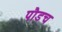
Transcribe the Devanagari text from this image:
पौडच